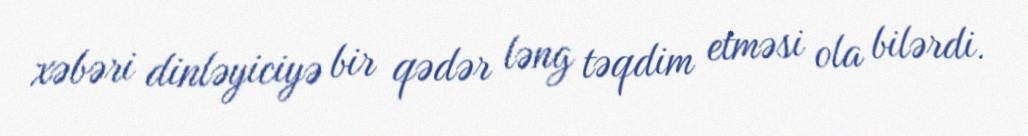
xəbəri dinləyiciyə bir qədər ləng təqdim etməsi ola bilərdi.